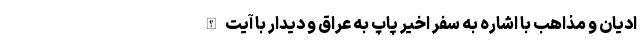
ادیان و مذاهب با اشاره به سفر اخیر پاپ به عراق و دیدار با آیت الله